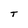
Character: T